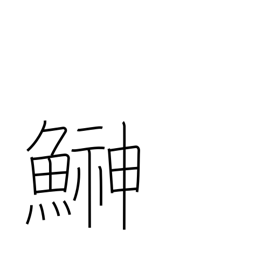
Meaning: sandfish